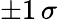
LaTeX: \pm 1\, \sigma